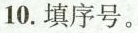
10.填序号。